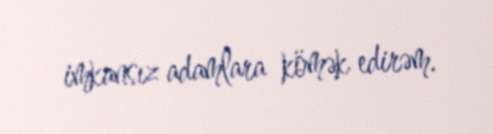
imkansız adamlara kömək edirəm.